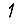
Digit: 1